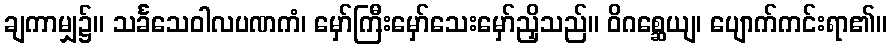
ချကာမျှ၌။ သင်္ခသေဝါလပဏကံ၊ မှော်ကြီးမှော်သေးမှော်ညှိသည်။ ဝိဂစ္ဆေယျ၊ ပျောက်ကင်းရာ၏။